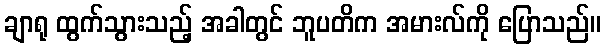
ချာရု ထွက်သွားသည့် အခါတွင် ဘူပတိက အမားလ်ကို ပြောသည်။